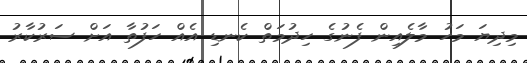
މިދިޔަ މަހު މާލެއިން ފެނުގެ ހިދުމަތް ކެނޑި އެއް ހަފުތާ އަށް ސަރުކާރު